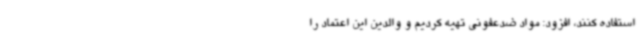
استفاده کنند، افزود: مواد ضدعفونی تهیه کردیم و والدین این اعتماد را